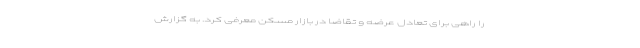
را راهی برای تعادل عرضه و تقاضا در بازار مسکن معرفی کرد. به گزارش